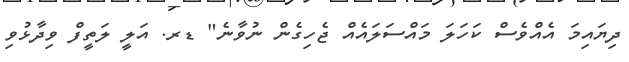
ދިޔައިމަ އެއްވެސް ކަހަލަ މައްސަލައެއް ޖެހިގެން ނުވާނެ" ޑރ. އަލީ ލަތީފް ވިދާޅުވި